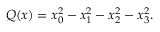
Q ( x ) = x _ { 0 } ^ { 2 } - x _ { 1 } ^ { 2 } - x _ { 2 } ^ { 2 } - x _ { 3 } ^ { 2 } .